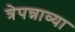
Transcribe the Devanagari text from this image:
त्रेपन्नाव्या